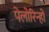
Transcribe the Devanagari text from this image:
पेलोरिन्हो